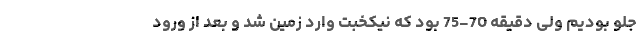
جلو بودیم ولی دقیقه 70-75 بود که نیکخبت وارد زمین شد و بعد از ورود